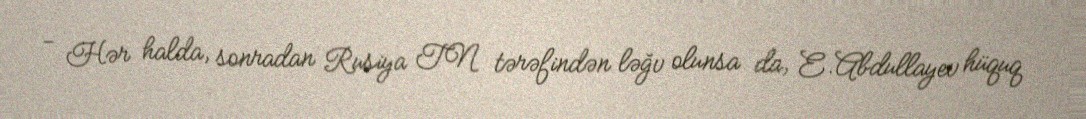
- Hər halda, sonradan Rusiya TN tərəfindən ləğv olunsa da, E.Abdullayev hüquq